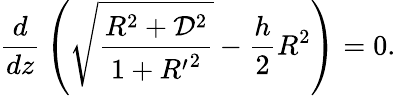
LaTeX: {\frac{d}{dz}}\left(\sqrt{\frac{R^{2}+{\cal D}^{2}}{1+{R^{\prime}}^{2}}}-{\frac{h}{2}}R^{2}\right)=0.